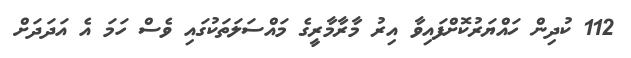
112 ކުދިން ހައްޔަރުކޮށްފައިވާ އިރު މާރާމާރީގެ މައްސަލަތަކުގައި ވެސް ހަމަ އެ އަދަދަށް